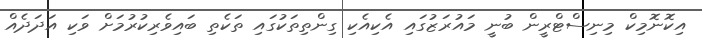
އިކޮނޮމިކް މިނިސްޓްރީން ބުނީ މައުރަޒުގައި އެކިއެކި ގިންތިތަކުގައި ތަކެތި ބައިވެރިކުރުމަށް ވަކި އަދަދެއް